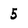
Character: 5